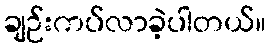
ချဉ်းကပ်လာခဲ့ပါတယ်။